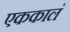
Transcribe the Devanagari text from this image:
एककालं